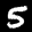
Label: 5